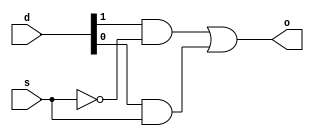
// Submission Date: 7 February 2024
// Updation Date: 25 Feb 2024

module multiplexer_2_1(d, s, o);
    input [0:1]d ;
    input s;
    output o;

    wire w1, w2, s_not;

    assign s_not = ~s;
    assign w1 = d[0] & s_not;
    assign w2 = d[1] & s;
    assign o = w1 | w2;

endmodule